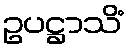
ဥပဋ္ဌာသိံ